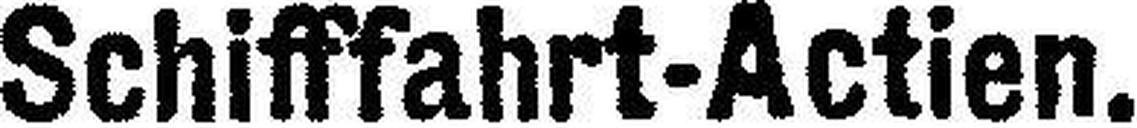
Schifffahrt-Actien.